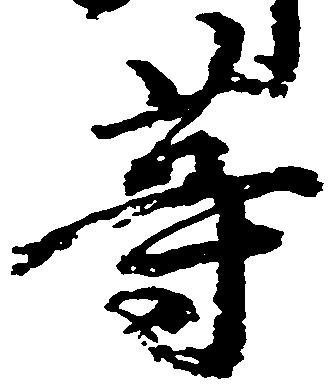
等